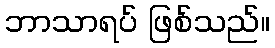
ဘာသာရပ် ဖြစ်သည်။